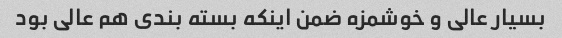
بسیار عالی و خوشمزه ضمن اینکه بسته بندی هم عالی بود